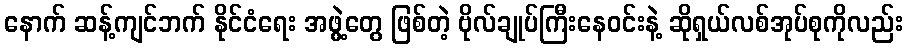
နောက် ဆန့်ကျင်ဘက် နိုင်ငံရေး အဖွဲ့တွေ ဖြစ်တဲ့ ဗိုလ်ချုပ်ကြီးနေဝင်းနဲ့ ဆိုရှယ်လစ်အုပ်စုကိုလည်း